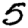
Digit: 5